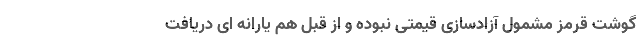
گوشت قرمز مشمول آزادسازی قیمتی نبوده و از قبل هم یارانه ای دریافت